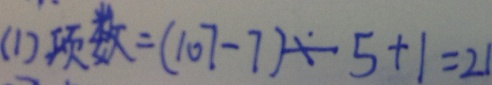
( 1 ) 项 数 = ( 1 0 7 - 7 ) \div 5 + 1 = 2 1